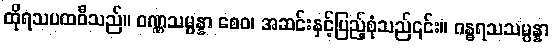
ထိုရသပထဝီသည်။ ဝဏ္ဏသမ္ပန္နာ စေဝ၊ အဆင်းနှင့်ပြည့်စုံသည်၎င်း။ ဂန္ဓရသသမ္ပန္နာ